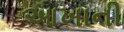
આખાની